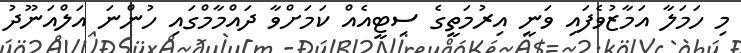
މި ހަމަލާ އަމާޒުވެފައި ވަނީ އިރުމަތީގެ ސިޓީއެއް ކަމަށްވާ ދައްމާމްގައި ހުންނަ އަލްއަނޫދު